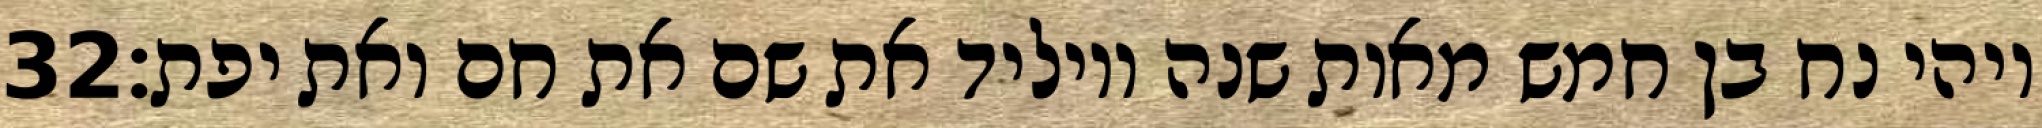
‎32‏ ויהי נח בן חמש מאות שנה ויוליד את שם את חם ואת יפת׃